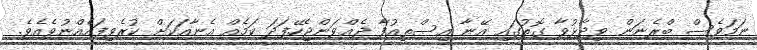
ނަމަވެސް ބްރެނަން ވިދާޅުވާ ގޮތުގައި އޭނާ އިސްތިއުފާ ދެއްވަންޖެހޭފަދަ ކަމެއް އެނާއަކަށް ކުރެވިފައެއްނުވެއެވެ.